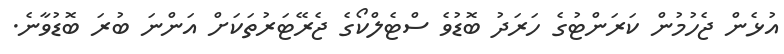
އުޅެން ޖެހުމުން ކަރަންޓުގެ ހަރަދު ބޮޑުވެ ސްޓެލްކޯގެ ޖެރޭޓަރުތަކަށް އަންނަ ބުރަ ބޮޑުވާނެ.